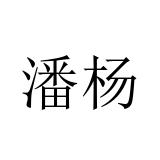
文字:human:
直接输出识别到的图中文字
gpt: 潘杨